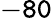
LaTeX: \mathtt{-80}